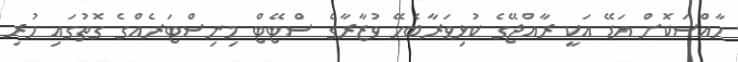
ހާއްސަކޮށް އަޑޭ އަކީ ރާއްޖޭގެ ކުޅިވަރާބެހޭ ވުޒާރާގެ ސްޓޭޓް މިނިސްޓަރެއްގެ ގޮތުގައި ހުރި